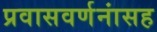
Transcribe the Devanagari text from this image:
प्रवासवर्णनांसह